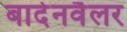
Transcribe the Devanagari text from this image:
बादेनवैलर